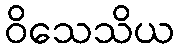
ဝိသေသိယ